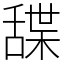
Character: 䑜